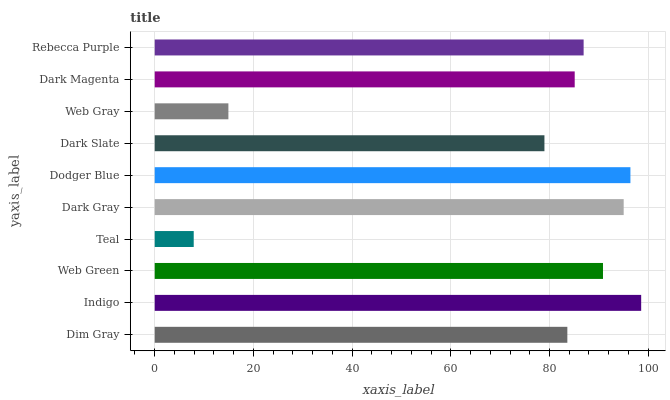
| yaxis_label | bars |
 | --- | --- |
 | Dim Gray | 83.6 |
 | Indigo | 98.6 |
 | Web Green | 90.8 |
 | Teal | 7.9 |
 | Dark Gray | 95 |
 | Dodger Blue | 96.4 |
 | Dark Slate | 79 |
 | Web Gray | 14.9 |
 | Dark Magenta | 85.1 |
 | Rebecca Purple | 86.9 |